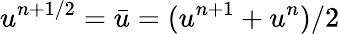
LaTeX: u^{n+1/2}=\bar{u}=(u^{n+1}+u^{n})/2